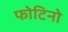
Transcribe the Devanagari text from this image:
फोटिनो